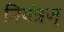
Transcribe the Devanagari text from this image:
नियंत्रण्‌